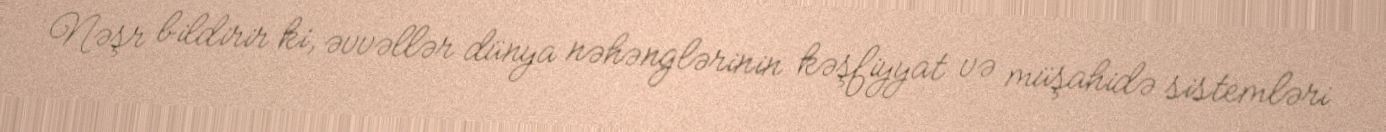
Nəşr bildirir ki, əvvəllər dünya nəhənglərinin kəşfiyyat və müşahidə sistemləri